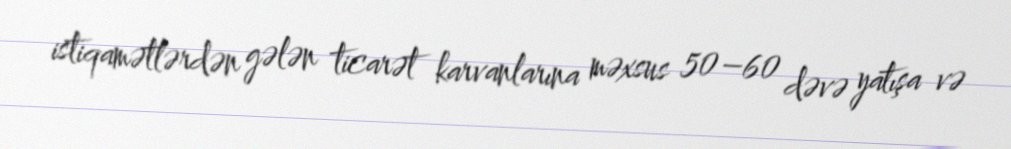
istiqamətlərdən gələn ticarət karvanlarına məxsus 50–60 dəvə yatışa və